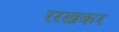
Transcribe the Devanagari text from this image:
ररखकर